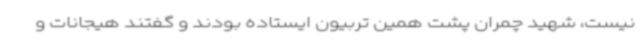
نیست، شهید چمران پشت همین تربیون ایستاده بودند و گفتند هیجانات و